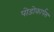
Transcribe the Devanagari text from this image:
पोडोकार्पस